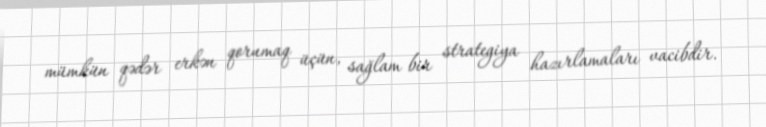
mümkün qədər erkən qorumaq üçün, sağlam bir strategiya hazırlamaları vacibdir.